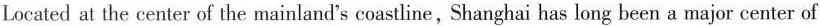
Located at the center of the mainland's coastline, Shanghai has long been a major center of